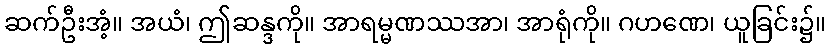
ဆက်ဦးအံ့။ အယံ၊ ဤဆန္ဒကို။ အာရမ္မဏဿအာ၊ အာရုံကို။ ဂဟဏေ၊ ယူခြင်း၌။